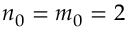
n _ { 0 } = m _ { 0 } = 2